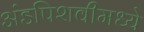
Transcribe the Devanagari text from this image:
अंडपिशवीमध्ये